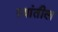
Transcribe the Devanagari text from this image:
त्‍यांतील